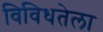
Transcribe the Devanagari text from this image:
विविधतेला